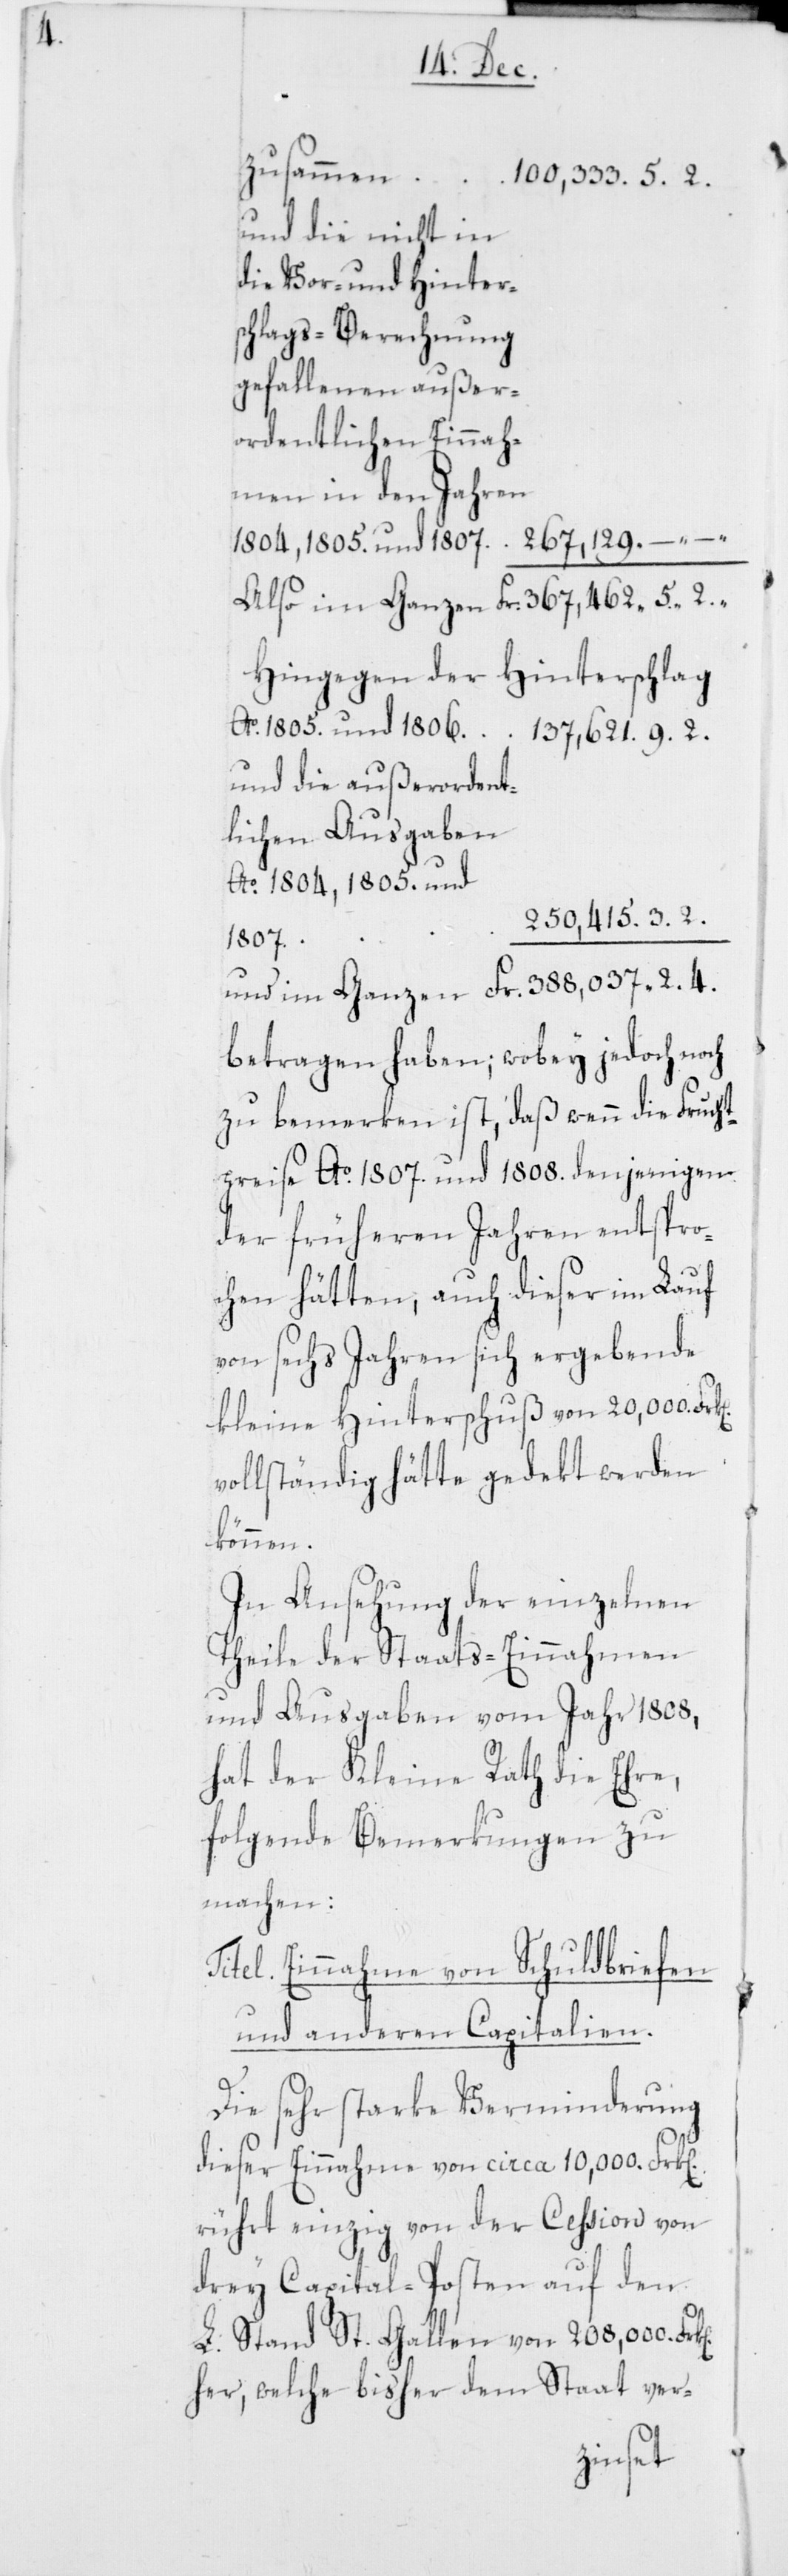
n]

zusammen
und die nicht in
die Vor- und Hinter¬
schlags-Berechnung
gefallenen außer¬
ordentlichen Einnah¬
men in den Jahren
Hingegen der
Hinterschlag
Ao. 1805. und 1806.
und die außerordent¬
lichen Ausgaben
Ao. 1804, 1805. und
1807.
betragen haben; wobey jedoch noch
zu bemerken ist, daß wenn die Frucht¬
preise Ao. 1807. und 1808. denjenigen
der früheren Jahren entspro¬
chen hätten, auch dieser im Lauf
von sechs Jahren sich ergebende
kleine Hinterschuß von 20,000 Fr¬
ollständig hätte gedekt werden
können.
In Ansehung der einzelnen
Theile der Staats-Einnahmen
und Ausgaben vom Jahr 1808,
hat der Kleine Rath die Ehre,
folgende Bemerkungen zu
machen:
Titel. Einnahme von Schuldbriefen
und anderen Capitalien.
Die sehr starke Verminderung
dieser Einnahme von circa 10,000 Frk[en]
rührt einzig von der Cession von
drey Capital-Posten auf den
L. Stand St. Gallen von 208,000 Frk[e¬
her, welche bisher dem Staat ver-
k[en]